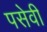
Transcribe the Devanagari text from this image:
पसेवी